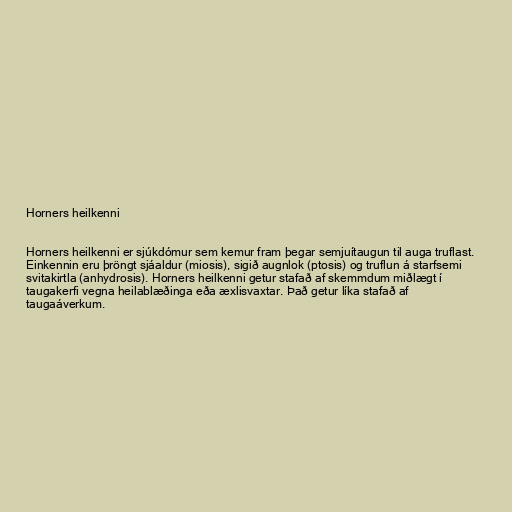
Horners heilkenni

Horners heilkenni er sjúkdómur sem kemur fram þegar semjuítaugun til auga truflast.
Einkennin eru þröngt sjáaldur (miosis), sigið augnlok (ptosis) og truflun á starfsemi
svitakirtla (anhydrosis). Horners heilkenni getur stafað af skemmdum miðlægt í
taugakerfi vegna heilablæðinga eða æxlisvaxtar. Það getur líka stafað af
taugaáverkum.